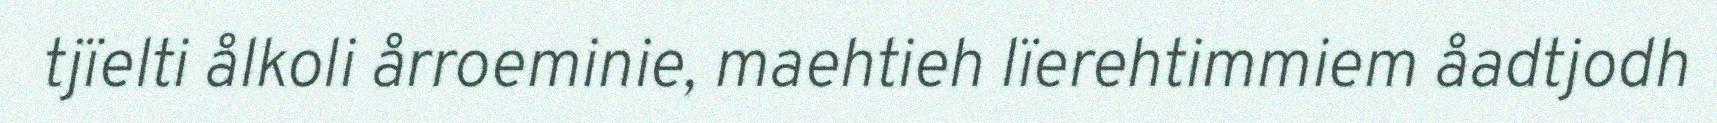
tjïelti ålkoli årroeminie, maehtieh lïerehtimmiem åadtjodh